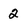
Character: 2